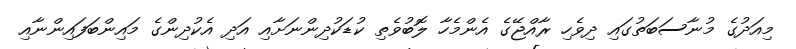
މިއަދުގެ މުނާސަބަތުގައި ދިވެހި ރާއްޖޭގެ އެންމެހާ ލޮބުވެތި ކުޑަކުދިންނަށާއި އަދި އެކުދިންގެ މައިންބަފައިންނާއި